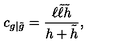
c _ { g | \tilde { g } } = \frac { \ell \tilde { \ell } \tilde { h } } { h + \tilde { h } } ,